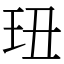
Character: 㺲